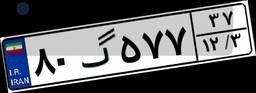
۸۰گ۵۷۷۳۷